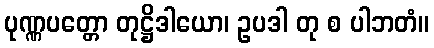
ပုဏ္ဏပတ္တော တုဋ္ဌိဒါယော၊ ဥပဒါ တု စ ပါဘတံ။